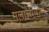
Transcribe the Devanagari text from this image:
मलालायांग